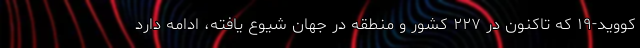
کووید-۱۹ که تاکنون در ۲۲۷ کشور و منطقه در جهان شیوع یافته، ادامه دارد